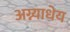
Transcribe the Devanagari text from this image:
अग्न्याधेय